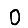
Digit: 0